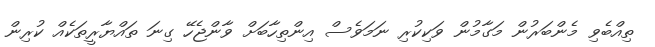
ތިއްބެވި މެންބަރުން މަގާމުން ވަކިކުރި ނަމަވެސް އިންތިހާބަށް ވާންޖެހޭ ގިނަ ތައްޔާރީތަކެއް ކުރިން